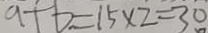
a + b = 1 5 \times 2 = 3 0